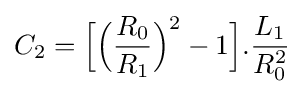
C_{2}={\Big [}{\Big (}{\frac {R_{0}}{R_{1}}}{\Big )}^{2}-1{\Big ]}.{\frac {L_{1}}{R_{0}^{2}}}